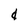
Character: d